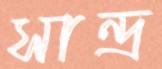
সান্দ্র